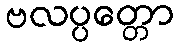
ဗလပ္ပတ္တော